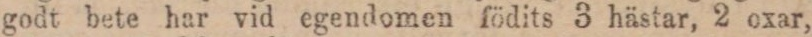
godt bete har vid egendomen födits 3 hästar, 2 oxar,